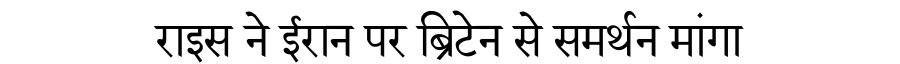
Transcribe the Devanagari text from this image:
राइस ने ईरान पर ब्रिटेन से समर्थन मांगा